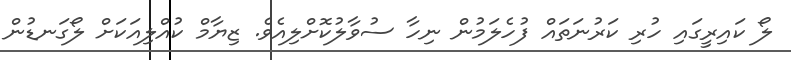
ލޯ ކައިރީގައި ހުރި ކަރުނަތައް ފުހެލަމުން ނިހާ ސުވާލުކޮށްލިއެވެ. ޒިޔާމް ކުއްލިއަކަށް ލޯގަނޑުން